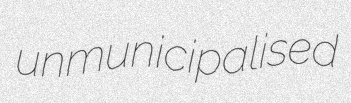
unmunicipalised